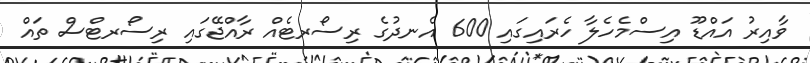
ވާއިރު އައްޑޫ އިސްމެހެލާ ހެރައިގައި 600 އެނދުގެ ރިސޯރޓެއް ރާއްޖޭގައި ރިސޯރޓްސް ތައް